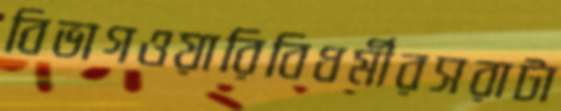
বিভাগওয়ারিবিধর্মীরসরাটা